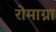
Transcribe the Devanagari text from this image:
रोमाग्ना